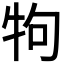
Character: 𤘽